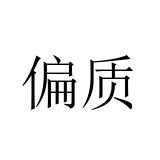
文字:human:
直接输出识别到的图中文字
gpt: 偏质